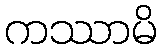
ကဿာမိ